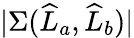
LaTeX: |\Sigma(\widehat{L}_{a},\widehat{L}_{b})|